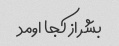
بشر از کجا اومد